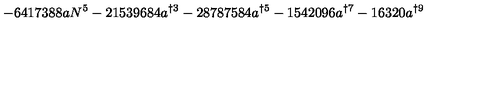
- 6 4 1 7 3 8 8 a N ^ { 5 } - 2 1 5 3 9 6 8 4 a ^ { \dag 3 } - 2 8 7 8 7 5 8 4 a ^ { \dag 5 } - 1 5 4 2 0 9 6 a ^ { \dag 7 } - 1 6 3 2 0 a ^ { \dag 9 }